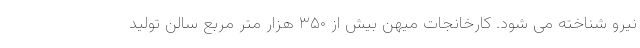
نیرو شناخته می شود. کارخانجات میهن بیش از ۳۵۰ هزار متر مربع سالن تولید